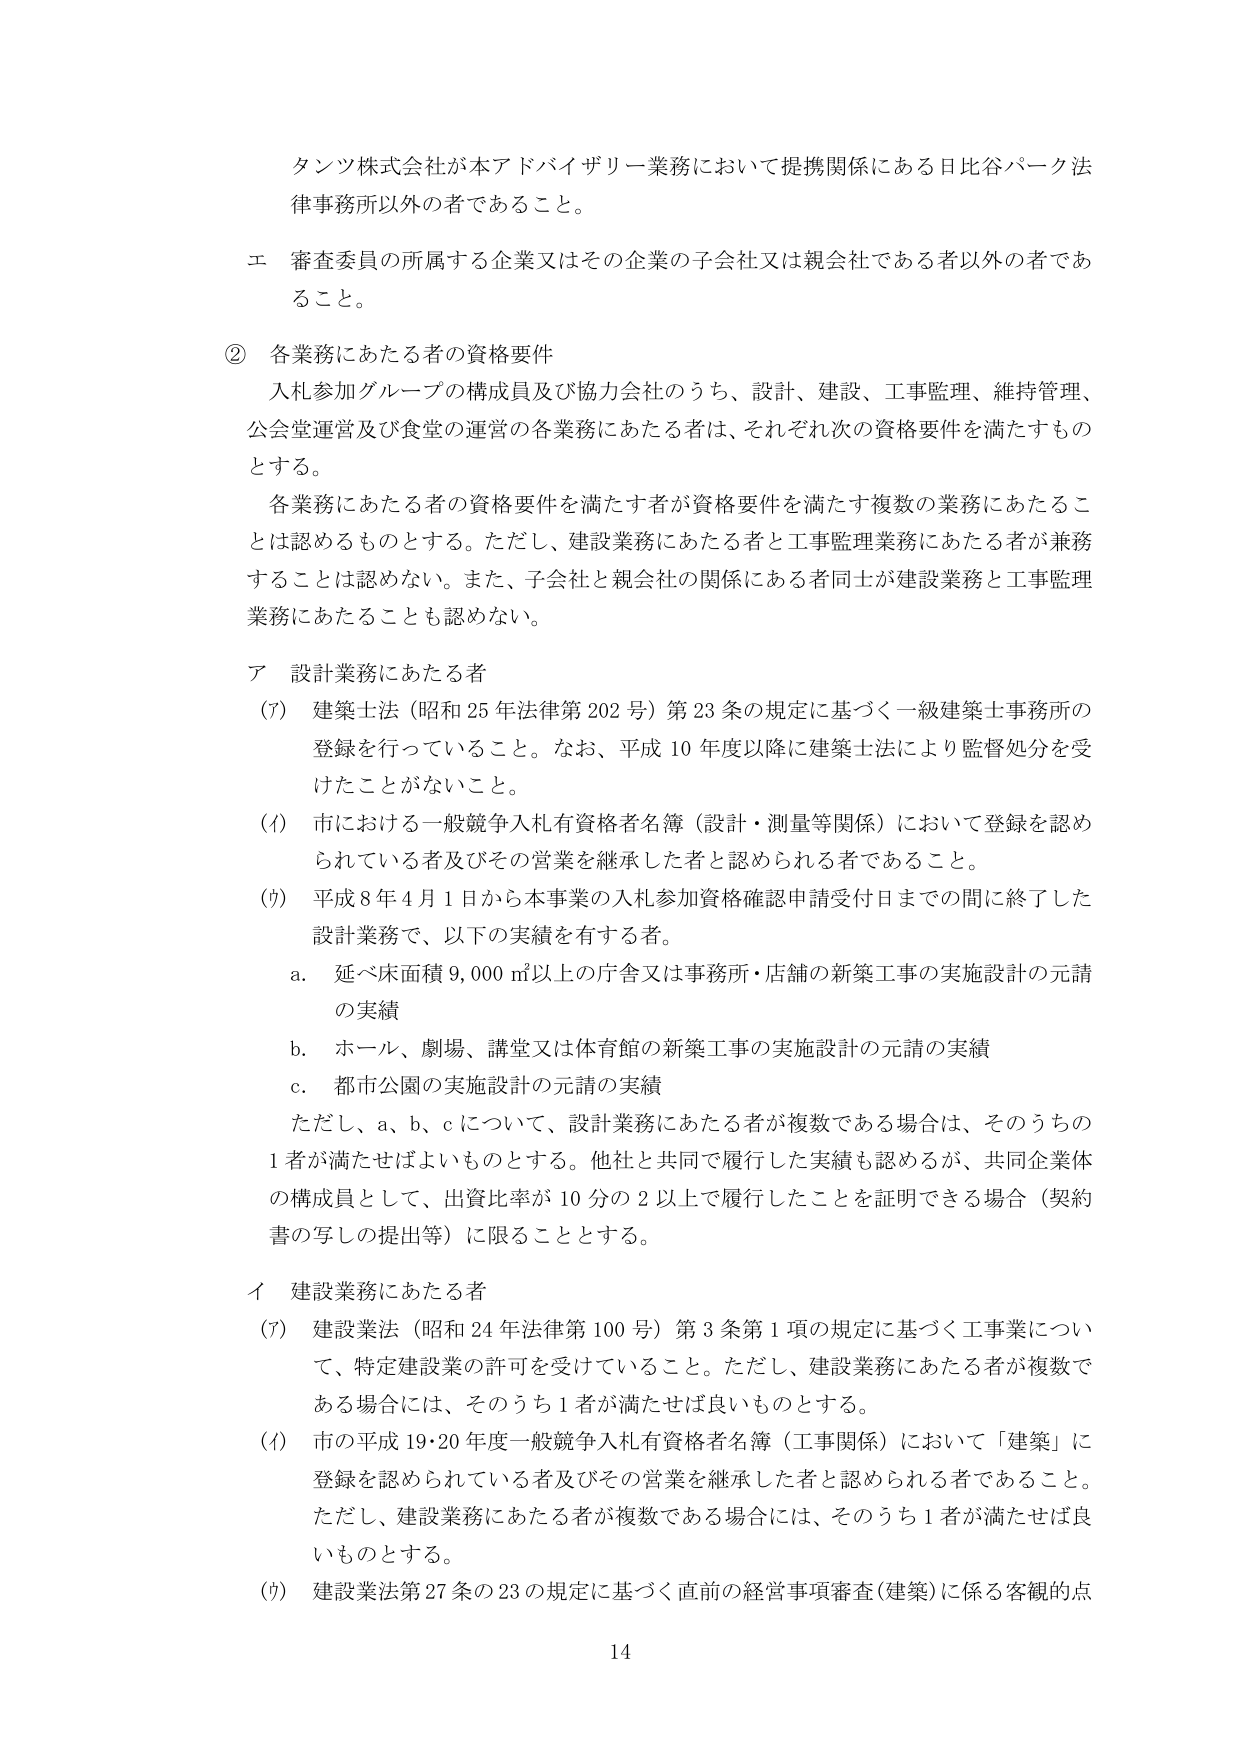
タンツ株式会社が本アドバイザリー業務において提携関係にある日比谷パーク法律事務所以外の者であること。

エ 審査委員の所属する企業又はその企業の子会社又は親会社である者以外の者であること。

② 各業務にあたる者の資格要件
入札参加グループの構成員及び協力会社のうち、設計、建設、工事監理、維持管理、公会堂運営及び食堂の運営の各業務にあたる者は、それぞれ次の資格要件を満たすものとする。
各業務にあたる者の資格要件を満たす者が資格要件を満たす複数の業務にあたることは認めるものとする。ただし、建設業務にあたる者と工事監理業務にあたる者が兼務することは認めない。また、子会社と親会社の関係にある者同士が建設業務と工事監理業務にあたることも認めない。

ア 設計業務にあたる者
(ｱ) 建築士法（昭和25年法律第202号）第23条の規定に基づく一級建築士事務所の登録を行っていること。なお、平成10年度以降に建築士法により監督処分を受けたことがないこと。
(ｲ) 市における一般競争入札有資格者名簿（設計・測量等関係）において登録を認められている者及びその営業を継承した者と認められる者であること。
(ｳ) 平成8年4月1日から本事業の入札参加資格確認申請受付日までの間に終了した設計業務で、以下の実績を有する者。
　a. 延べ床面積9,000㎡以上の庁舎又は事務所・店舗の新築工事の実施設計の元請の実績
　b. ホール、劇場、講堂又は体育館の新築工事の実施設計の元請の実績
　c. 都市公園の実施設計の元請の実績
ただし、a、b、cについて、設計業務にあたる者が複数である場合は、そのうちの1者が満たせばよいものとする。他社と共同で履行した実績も認めるが、共同企業体の構成員として、出資比率が10分の2以上で履行したことを証明できる場合（契約書の写しの提出等）に限ることとする。

イ 建設業務にあたる者
(ｱ) 建設業法（昭和24年法律第100号）第3条第1項の規定に基づく工事業について、特定建設業の許可を受けていること。ただし、建設業務にあたる者が複数である場合には、そのうち1者が満たせば良いものとする。
(ｲ) 市の平成19・20年度一般競争入札有資格者名簿（工事関係）において「建築」に登録を認められている者及びその営業を継承した者と認められる者であること。ただし、建設業務にあたる者が複数である場合には、そのうち1者が満たせば良いものとする。
(ｳ) 建設業法第27条の23の規定に基づく直前の経営事項審査(建築)に係る客観的点

14